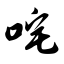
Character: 咤